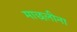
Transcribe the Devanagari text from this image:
माछलीना